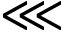
\lll